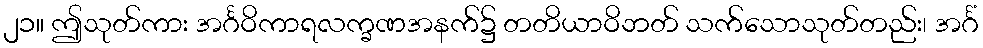
၂၁။ ဤသုတ်ကား အင်္ဂဝိကာရလက္ခဏအနက်၌ တတိယာဝိဘတ် သက်သောသုတ်တည်း၊ အင်္ဂံ